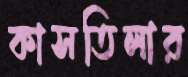
কাসতিলার